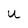
Character: U